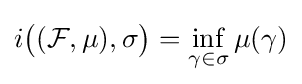
i{\bigl (}({\mathcal {F}},\mu ),\sigma {\bigr )}=\inf _{\gamma \in \sigma }\mu (\gamma )